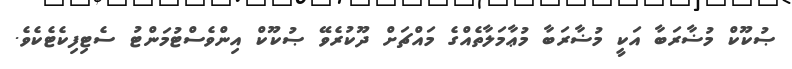
ޞުކޫކް މުޟާރަބާ އަކީ މުޟާރަބާ މުޢާމަލާތެއްގެ މައްޗަށް ދޫކުރެވޭ ޞުކޫކް އިންވެސްޓުމަންޓު ސެޓިފިކެޓެކެވެ.